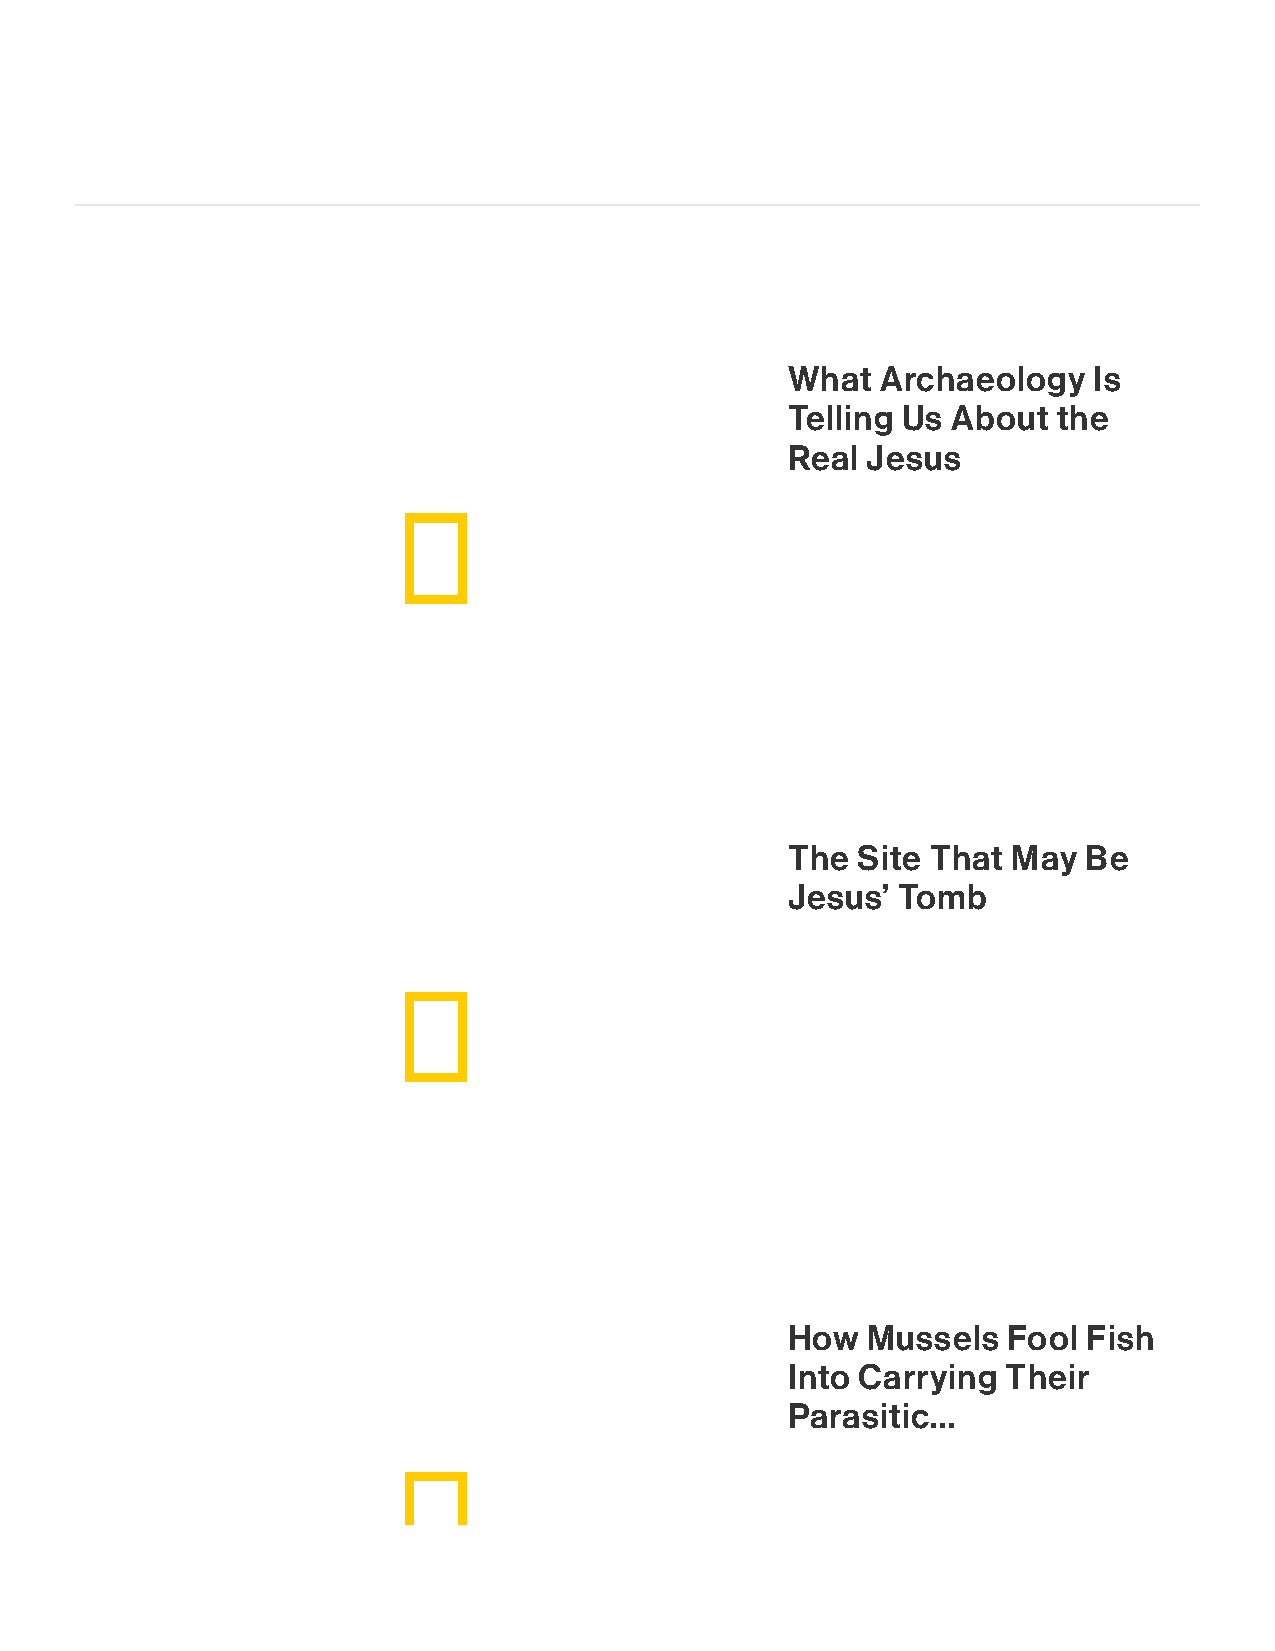
What  Archaeology   Is
 Telling Us About  the
 Real Jesus
 The  Site That May  Be
 Jesus’ Tomb
 How  Mussels   Fool Fish
 Into Carrying  Their
 Parasitic...